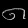
Digit: ၈